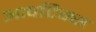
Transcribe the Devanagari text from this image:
आपटिक्स